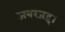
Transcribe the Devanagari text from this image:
जबरजद्द।